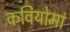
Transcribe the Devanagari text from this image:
कवियोमां